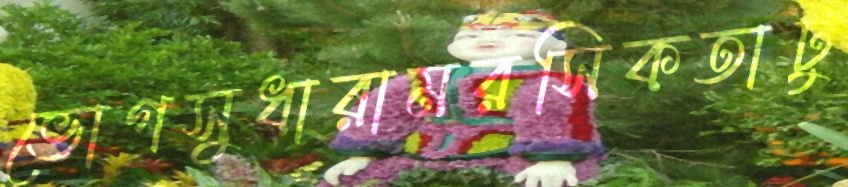
ভোগসুধারামরসিকতাটু